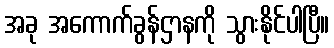
အခု အကောက်ခွန်ဌာနကို သွားနိုင်ပါပြီ။